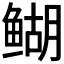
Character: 𬶞